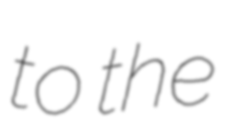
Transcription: to the